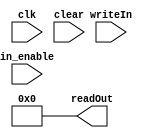
module register0(readOut, clk, in_enable, writeIn, clear);
    //clear = ctrl_reset, 
    input clk, in_enable, clear;
    input [31:0] writeIn;
    output [31:0] readOut;

    //we want 32 flipflops, each with input data_in[i], and output toOut[i]
    wire [31:0] toOut;

    assign readOut = 32'b0;

endmodule